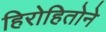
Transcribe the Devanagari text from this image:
हिरोहितोने